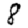
Digit: 8